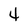
Character: 4